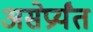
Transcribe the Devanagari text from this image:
असेप्रर्यंत